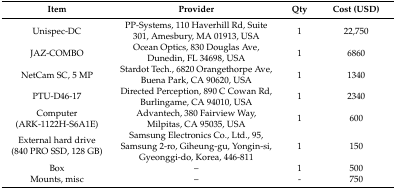
<table><thead><tr><td><b>Item</b></td><td><b>Provider</b></td><td><b>Qty</b></td><td><b>Cost (USD)</b></td></tr></thead><tbody><tr><td>Unispec-DC</td><td>PP-Systems, 110 Haverhill Rd, Suite 301, Amesbury, MA 01913, USA</td><td>1</td><td>22,750</td></tr><tr><td>JAZ-COMBO</td><td>Ocean Optics, 830 Douglas Ave, Dunedin, FL 34698, USA</td><td>1</td><td>6860</td></tr><tr><td>NetCam SC, 5 MP</td><td>Stardot Tech., 6820 Orangethorpe Ave, Buena Park, CA 90620, USA</td><td>1</td><td>1340</td></tr><tr><td>PTU-D46-17</td><td>Directed Perception, 890 C Cowan Rd, Burlingame, CA 94010, USA</td><td>1</td><td>2340</td></tr><tr><td>Computer (ARK-1122H-S6A1E)</td><td>Advantech, 380 Fairview Way, Milpitas, CA 95035, USA</td><td>1</td><td>600</td></tr><tr><td>External hard drive (840 PRO SSD, 128 GB)</td><td>Samsung Electronics Co., Ltd., 95, Samsung 2-ro, Giheung-gu, Yongin-si, Gyeonggi-do, Korea, 446-811</td><td>1</td><td>150</td></tr><tr><td>Box</td><td>–</td><td>1</td><td>500</td></tr><tr><td>Mounts, misc</td><td>–</td><td>-</td><td>750</td></tr></tbody></table>